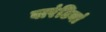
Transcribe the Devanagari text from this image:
वारंटियां